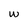
Character: w